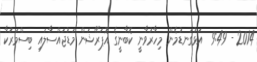
2014 - 9:49  އަޅުގަނޑުމެން މިހާރުވާނީ ކޮބާނީގެ އޮޕަރޭޝަން މަޑުޖައްސާލައި ބިސްމަރުކާ